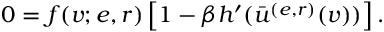
0 = f ( v ; e , r ) \left[ 1 - \beta h ^ { \prime } ( \bar { u } ^ { ( e , r ) } ( v ) ) \right] .